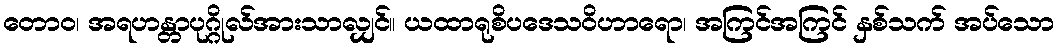
တောဝ၊ အရဟန္တာပုဂ္ဂိုလ်အားသာလျှင်။ ယထာရုစိပဒေသဝိဟာရော၊ အကြင်အကြင် နှစ်သက် အပ်သော